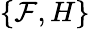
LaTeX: \{ \mathcal{F},H\}